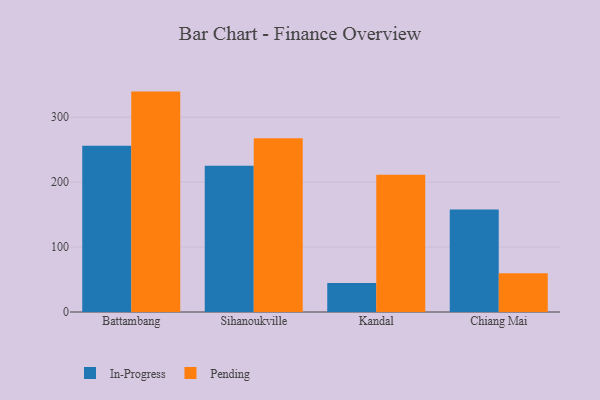
{"axis": {"x": "City", "y": "Bounce Rate (%)"}, "legend": ["In-Progress", "Pending"], "data": [{"x": "Battambang", "y": 255.9, "type": "In-Progress"}, {"x": "Battambang", "y": 339.4, "type": "Pending"}, {"x": "Sihanoukville", "y": 225.3, "type": "In-Progress"}, {"x": "Sihanoukville", "y": 267.4, "type": "Pending"}, {"x": "Kandal", "y": 44.5, "type": "In-Progress"}, {"x": "Kandal", "y": 211.5, "type": "Pending"}, {"x": "Chiang Mai", "y": 157.7, "type": "In-Progress"}, {"x": "Chiang Mai", "y": 59.5, "type": "Pending"}]}